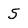
Character: 5